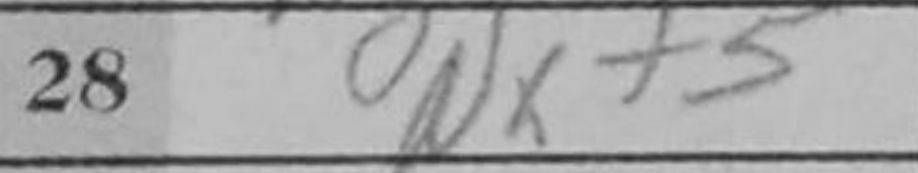
Transcription: Nxf5